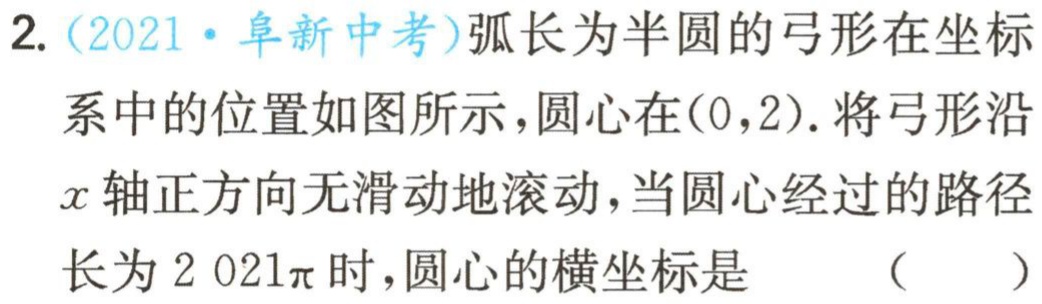
2.（2021·阜新中考）弧长为半圆的弓形在坐标系中的位置如图所示，圆心在(0，2).将弓形沿x轴正方向无滑动地滚动，当圆心经过的路径长为2 021π时，圆心的横坐标是 （  ）